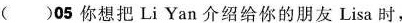
( ） 05 你想把 Li Yan介绍给你的朋友 Lisa 时,